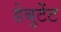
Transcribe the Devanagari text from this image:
डेबुटेंट